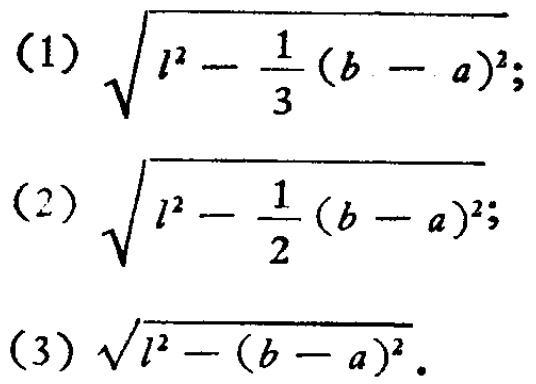
(1) \(\sqrt{l^{2}-\frac{1}{3}(b - a)^{2}}\);

(2) \(\sqrt{l^{2}-\frac{1}{2}(b - a)^{2}}\);

(3) \(\sqrt{l^{2}-(b - a)^{2}}\).